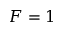
F = 1